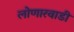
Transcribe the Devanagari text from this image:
लोणारवाडी